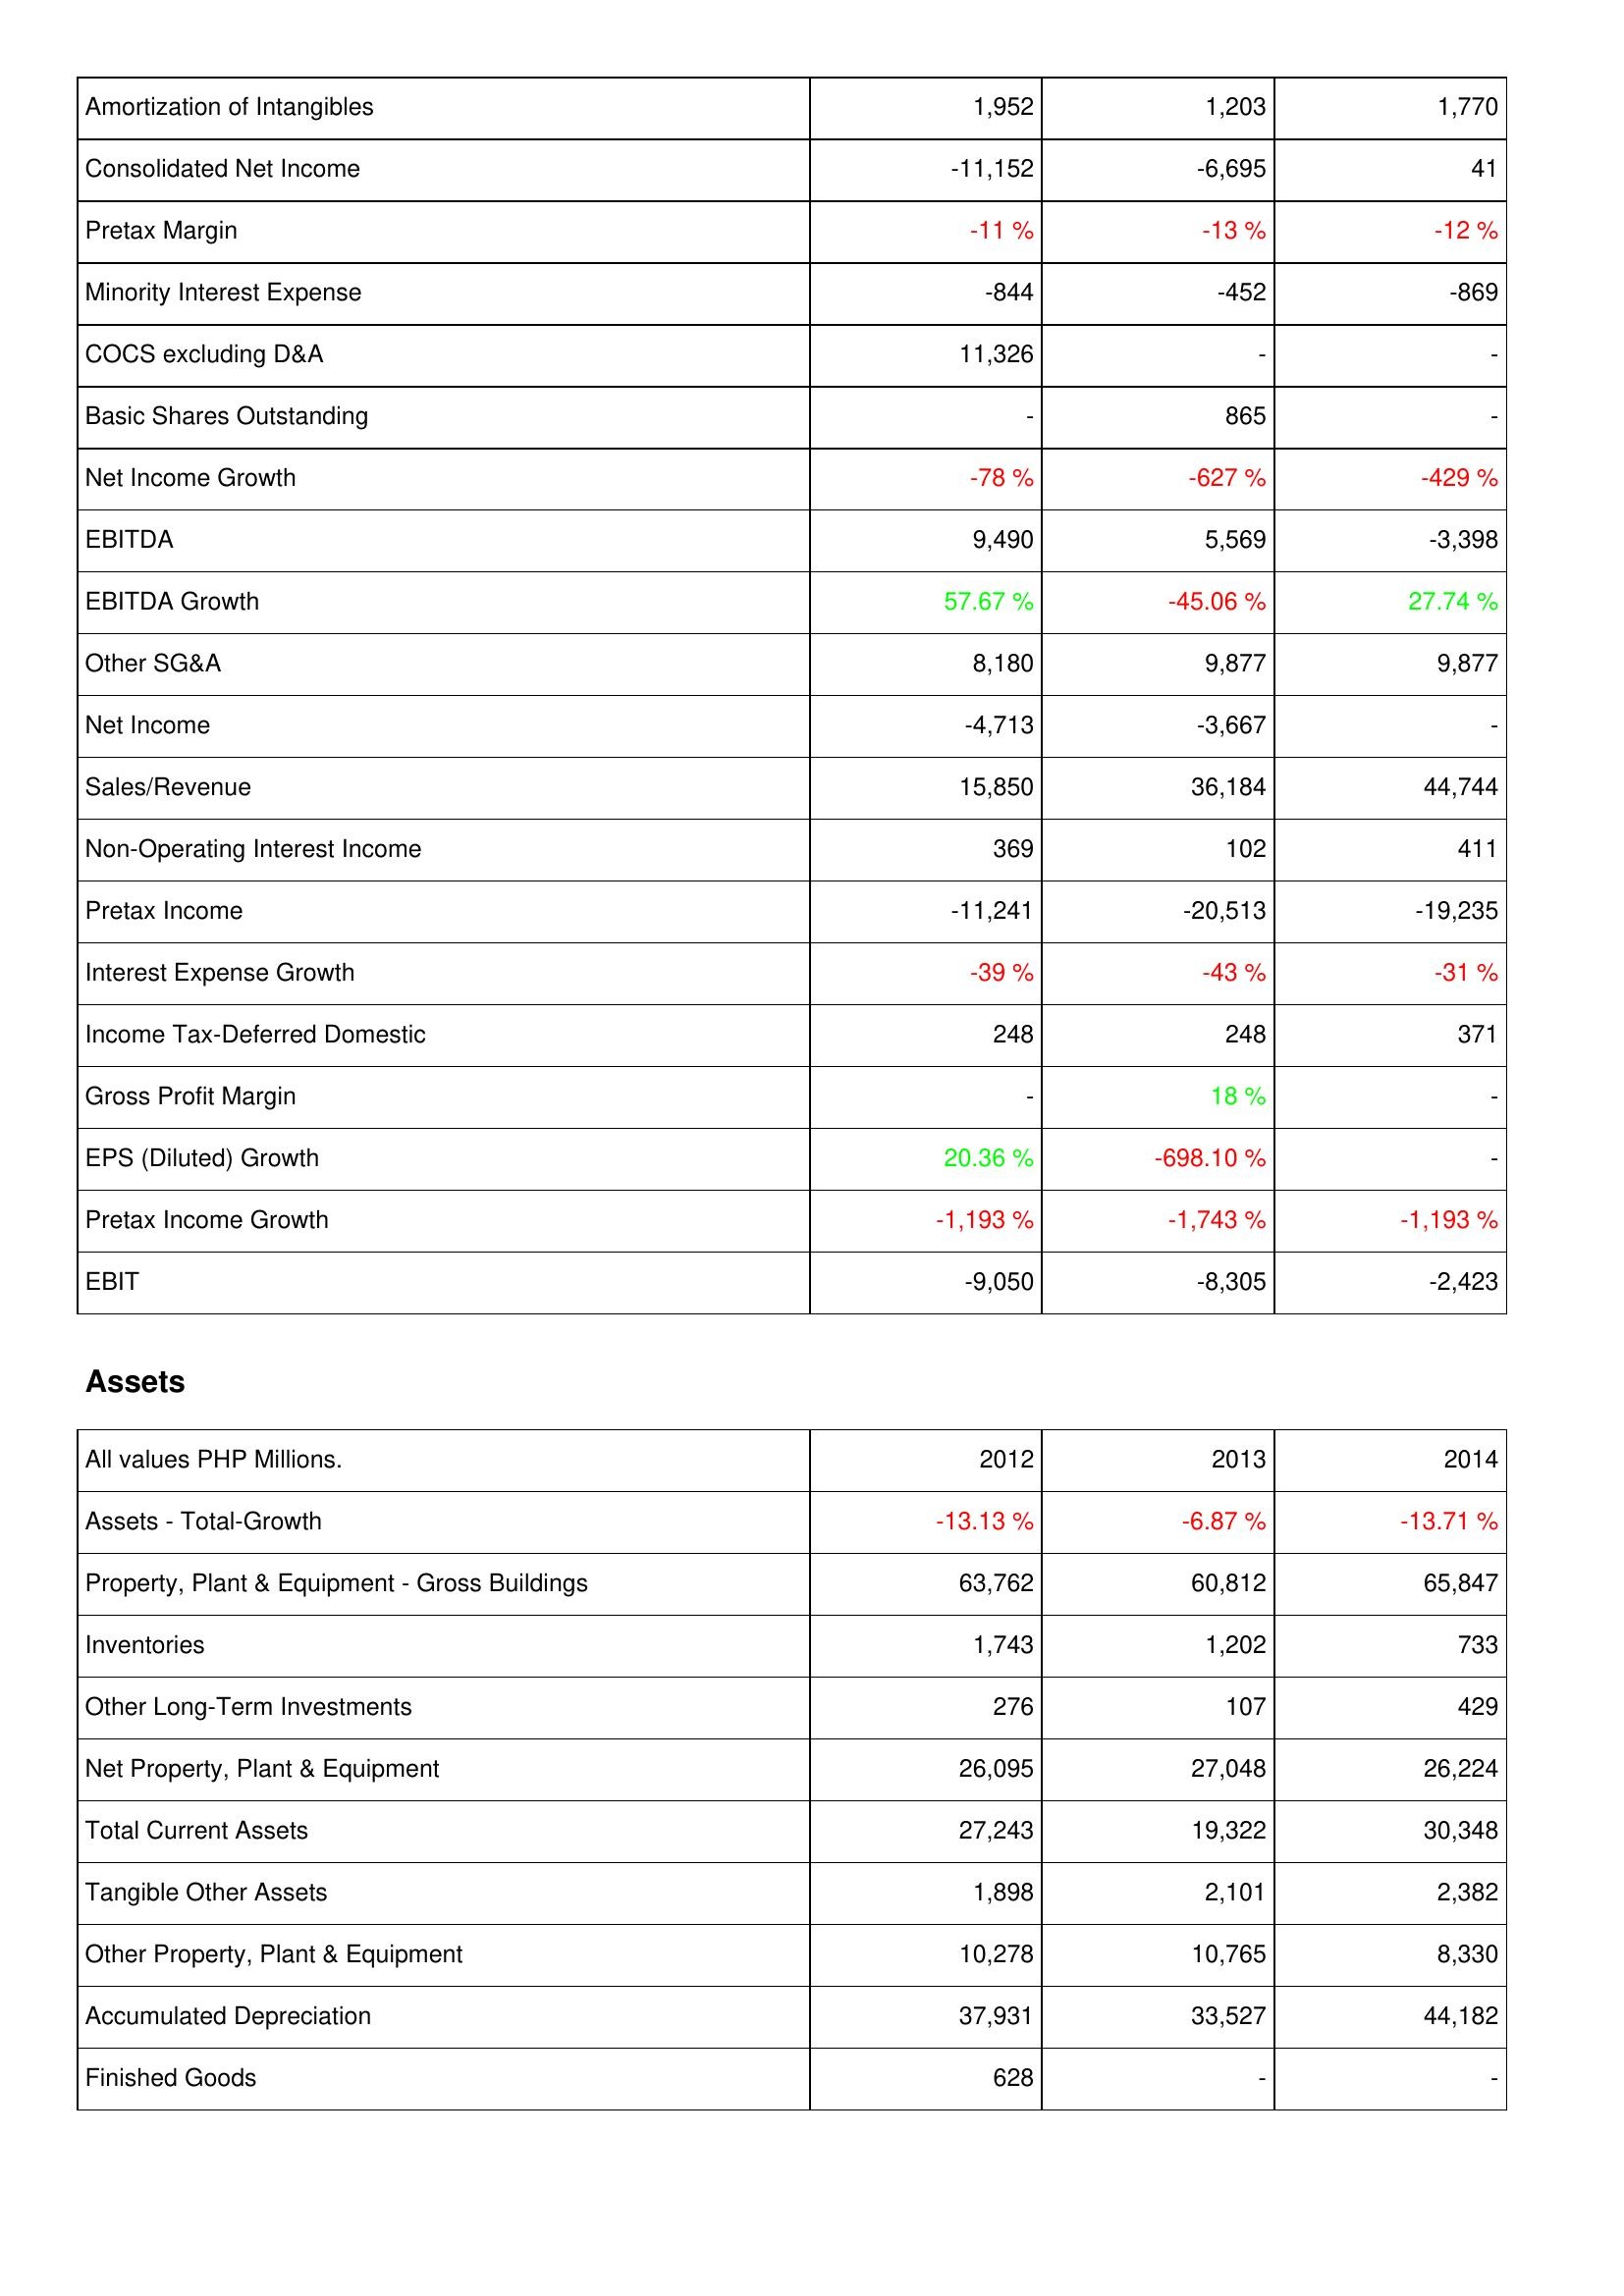
2012: Income Statement: Amortization of Intangibles: 1,952
Consolidated Net Income: -11,152
Pretax Margin: -11 %
Minority Interest Expense: -844
COCS excluding D&A: 11,326
Basic Shares Outstanding: -
Net Income Growth: -78 %
EBITDA: 9,490
EBITDA Growth: 57.67 %
Other SG&A: 8,180
Net Income: -4,713
Sales/Revenue: 15,850
Non-Operating Interest Income: 369
Pretax Income: -11,241
Interest Expense Growth: -39 %
Income Tax-Deferred Domestic: 248
Gross Profit Margin: -
EPS (Diluted) Growth: 20.36 %
Pretax Income Growth: -1,193 %
EBIT: -9,050
Assets: Assets - Total-Growth: -13.13 %
Property, Plant & Equipment - Gross Buildings: 63,762
Inventories: 1,743
Other Long-Term Investments: 276
Net Property, Plant & Equipment: 26,095
Total Current Assets: 27,243
Tangible Other Assets: 1,898
Other Property, Plant & Equipment: 10,278
Accumulated Depreciation: 37,931
Finished Goods: 628
2013: Income Statement: Amortization of Intangibles: 1,203
Consolidated Net Income: -6,695
Pretax Margin: -13 %
Minority Interest Expense: -452
COCS excluding D&A: -
Basic Shares Outstanding: 865
Net Income Growth: -627 %
EBITDA: 5,569
EBITDA Growth: -45.06 %
Other SG&A: 9,877
Net Income: -3,667
Sales/Revenue: 36,184
Non-Operating Interest Income: 102
Pretax Income: -20,513
Interest Expense Growth: -43 %
Income Tax-Deferred Domestic: 248
Gross Profit Margin: 18 %
EPS (Diluted) Growth: -698.10 %
Pretax Income Growth: -1,743 %
EBIT: -8,305
Assets: Assets - Total-Growth: -6.87 %
Property, Plant & Equipment - Gross Buildings: 60,812
Inventories: 1,202
Other Long-Term Investments: 107
Net Property, Plant & Equipment: 27,048
Total Current Assets: 19,322
Tangible Other Assets: 2,101
Other Property, Plant & Equipment: 10,765
Accumulated Depreciation: 33,527
Finished Goods: -
2014: Income Statement: Amortization of Intangibles: 1,770
Consolidated Net Income: 41
Pretax Margin: -12 %
Minority Interest Expense: -869
COCS excluding D&A: -
Basic Shares Outstanding: -
Net Income Growth: -429 %
EBITDA: -3,398
EBITDA Growth: 27.74 %
Other SG&A: 9,877
Net Income: -
Sales/Revenue: 44,744
Non-Operating Interest Income: 411
Pretax Income: -19,235
Interest Expense Growth: -31 %
Income Tax-Deferred Domestic: 371
Gross Profit Margin: -
EPS (Diluted) Growth: -
Pretax Income Growth: -1,193 %
EBIT: -2,423
Assets: Assets - Total-Growth: -13.71 %
Property, Plant & Equipment - Gross Buildings: 65,847
Inventories: 733
Other Long-Term Investments: 429
Net Property, Plant & Equipment: 26,224
Total Current Assets: 30,348
Tangible Other Assets: 2,382
Other Property, Plant & Equipment: 8,330
Accumulated Depreciation: 44,182
Finished Goods: -